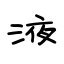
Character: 液